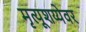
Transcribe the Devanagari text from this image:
मृत्यूशय्येवर